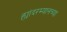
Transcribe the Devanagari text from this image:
ह्यांदरम्यानच्या